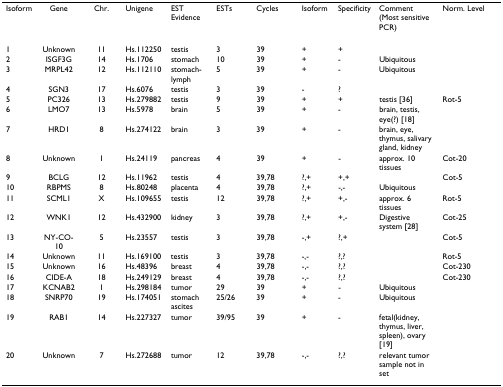
<table><thead><tr><td><b>Isoform</b></td><td><b>Gene</b></td><td><b>Chr.</b></td><td><b>Unigene</b></td><td><b>EST Evidence</b></td><td><b>ESTs</b></td><td><b>Cycles</b></td><td><b>Isoform</b></td><td><b>Specificity</b></td><td><b>Comment (Most sensitive PCR)</b></td><td><b>Norm. Level</b></td></tr></thead><tbody><tr><td>1</td><td>Unknown</td><td>11</td><td>Hs.112250</td><td>testis</td><td>3</td><td>39</td><td>+</td><td>+</td><td></td><td></td></tr><tr><td>2</td><td>ISGF3G</td><td>14</td><td>Hs.1706</td><td>stomach</td><td>10</td><td>39</td><td>+</td><td>-</td><td>Ubiquitous</td><td></td></tr><tr><td>3</td><td>MRPL42</td><td>12</td><td>Hs.112110</td><td>stomach-lymph</td><td>5</td><td>39</td><td>+</td><td>-</td><td>Ubiquitous</td><td></td></tr><tr><td>4</td><td>SGN3</td><td>17</td><td>Hs.6076</td><td>testis</td><td>3</td><td>39</td><td>-</td><td>?</td><td></td><td></td></tr><tr><td>5</td><td>PC326</td><td>13</td><td>Hs.279882</td><td>testis</td><td>9</td><td>39</td><td>+</td><td>+</td><td>testis [36]</td><td>Rot-5</td></tr><tr><td>6</td><td>LMO7</td><td>13</td><td>Hs.5978</td><td>brain</td><td>5</td><td>39</td><td>+</td><td>-</td><td>brain, testis, eye(?) [18]</td><td></td></tr><tr><td>7</td><td>HRD1</td><td>8</td><td>Hs.274122</td><td>brain</td><td>3</td><td>39</td><td>+</td><td>-</td><td>brain, eye, thymus, salivary gland, kidney</td><td></td></tr><tr><td>8</td><td>Unknown</td><td>1</td><td>Hs.24119</td><td>pancreas</td><td>4</td><td>39</td><td>+</td><td>-</td><td>approx. 10 tissues</td><td>Cot-20</td></tr><tr><td>9</td><td>BCLG</td><td>12</td><td>Hs.11962</td><td>testis</td><td>4</td><td>39,78</td><td>?,+</td><td>+,+</td><td></td><td>Cot-5</td></tr><tr><td>10</td><td>RBPMS</td><td>8</td><td>Hs.80248</td><td>placenta</td><td>4</td><td>39,78</td><td>?,+</td><td>-,-</td><td>Ubiquitous</td><td></td></tr><tr><td>11</td><td>SCML1</td><td>X</td><td>Hs.109655</td><td>testis</td><td>12</td><td>39,78</td><td>?,+</td><td>+,-</td><td>approx. 6 tissues</td><td>Rot-5</td></tr><tr><td>12</td><td>WNK1</td><td>12</td><td>Hs.432900</td><td>kidney</td><td>3</td><td>39,78</td><td>?,+</td><td>+,-</td><td>Digestive system [28]</td><td>Cot-25</td></tr><tr><td>13</td><td>NY-CO-10</td><td>5</td><td>Hs.23557</td><td>testis</td><td>3</td><td>39,78</td><td>-,+</td><td>?,+</td><td></td><td>Cot-5</td></tr><tr><td>14</td><td>Unknown</td><td>11</td><td>Hs.169100</td><td>testis</td><td>3</td><td>39,78</td><td>-,-</td><td>?,?</td><td></td><td>Rot-5</td></tr><tr><td>15</td><td>Unknown</td><td>16</td><td>Hs.48396</td><td>breast</td><td>4</td><td>39,78</td><td>-,-</td><td>?,?</td><td></td><td>Cot-230</td></tr><tr><td>16</td><td>CIDE-A</td><td>18</td><td>Hs.249129</td><td>breast</td><td>4</td><td>39,78</td><td>-,-</td><td>?,?</td><td></td><td>Cot-230</td></tr><tr><td>17</td><td>KCNAB2</td><td>1</td><td>Hs.298184</td><td>tumor</td><td>29</td><td>39</td><td>+</td><td>-</td><td>Ubiquitous</td><td></td></tr><tr><td>18</td><td>SNRP70</td><td>19</td><td>Hs.174051</td><td>stomach ascites</td><td>25/26</td><td>39</td><td>+</td><td>-</td><td>Ubiquitous</td><td></td></tr><tr><td>19</td><td>RAB1</td><td>14</td><td>Hs.227327</td><td>tumor</td><td>39/95</td><td>39</td><td>+</td><td>-</td><td>fetal(kidney, thymus, liver, spleen), ovary [19]</td><td></td></tr><tr><td>20</td><td>Unknown</td><td>7</td><td>Hs.272688</td><td>tumor</td><td>12</td><td>39,78</td><td>-,-</td><td>?,?</td><td>relevant tumor sample not in set</td><td></td></tr></tbody></table>